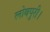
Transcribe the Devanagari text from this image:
लोबपुरी।